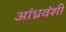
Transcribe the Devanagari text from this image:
आंध्रवंशी